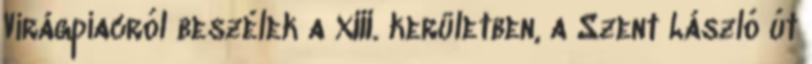
Virágpiacról beszélek a XIII. kerületben, a Szent László út